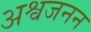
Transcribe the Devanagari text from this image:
अश्वजनन